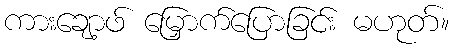
ကားချော့ဖ် မြှောက်ပြောခြင်း မဟုတ်။